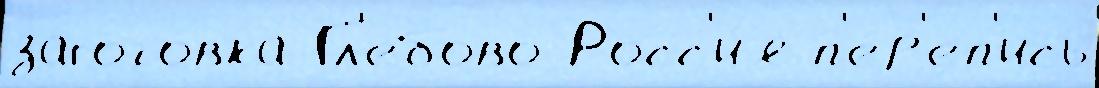
загото́вка Гл'ебово Росс'и́я п'е́р'еп'ись